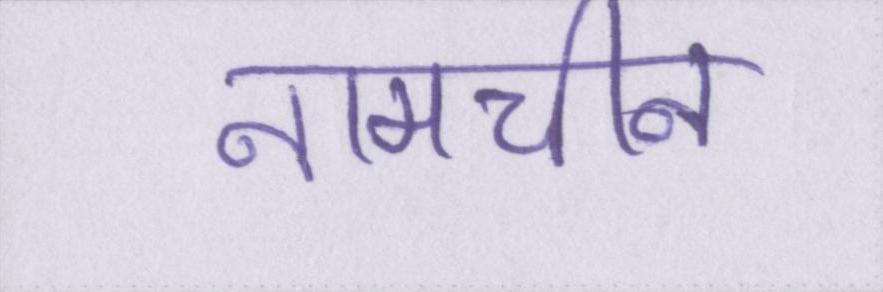
नामचीन